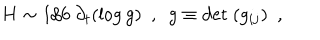
LaTeX: H \sim 1 / 6 ~ \partial _ { t } ( \log g ) ~ ~ , ~ ~ g \equiv \mathrm { d e t } ~ ( g _ { i j } ) ~ ~ ,